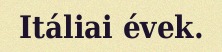
Itáliai évek.